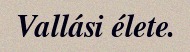
Vallási élete.